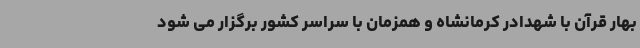
بهار قرآن با شهدادر کرمانشاه و همزمان با سراسر کشور برگزار می شود